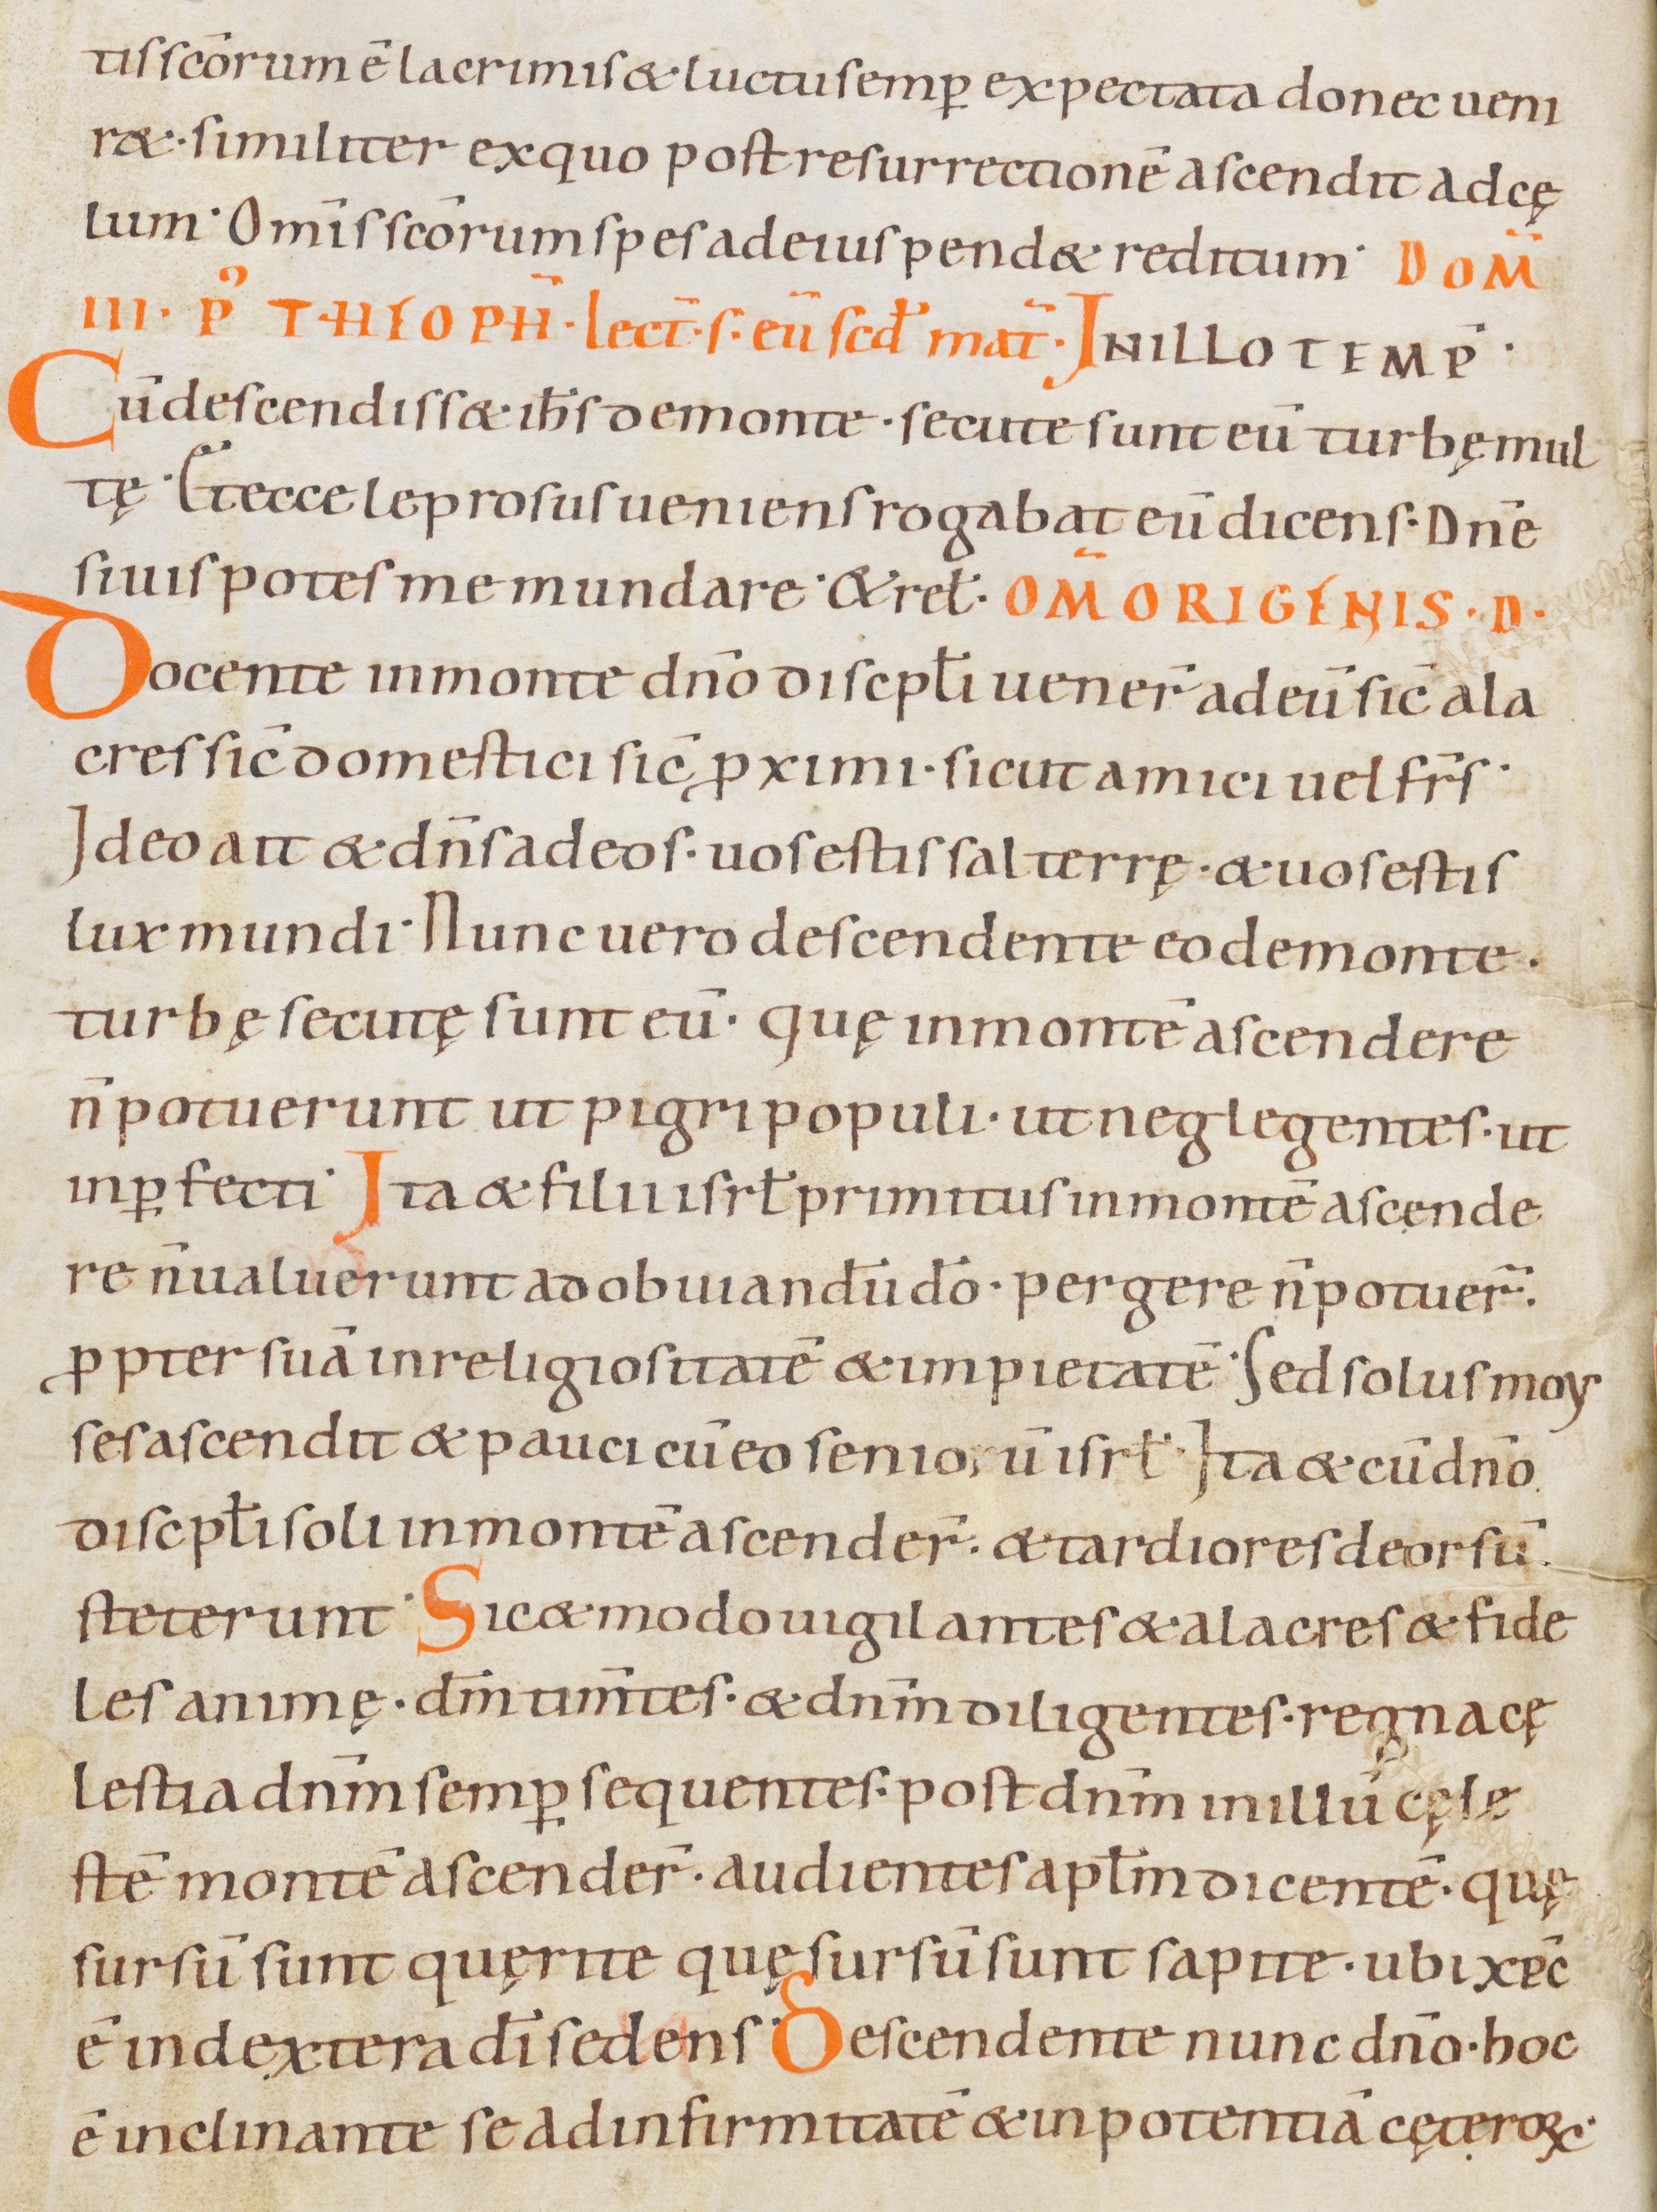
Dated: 900–999